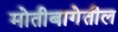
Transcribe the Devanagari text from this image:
मोतीबागेतील